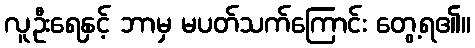
လူဦးရေနှင့် ဘာမှ မပတ်သက်ကြောင်း တွေ့ရ၏။